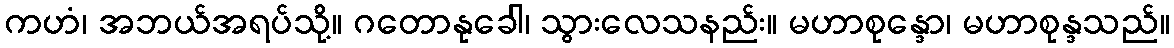
ကဟံ၊ အဘယ်အရပ်သို့။ ဂတောနုခေါ၊ သွားလေသနည်း။ မဟာစုန္ဒော၊ မဟာစုန္ဒသည်။